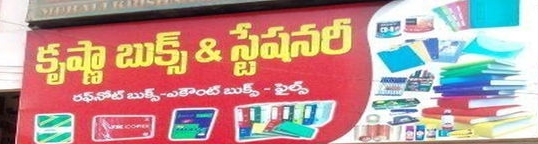
Language: telugu
Transcription: రఫ్ నోట్ బుక్స్ స్టేషనరీ కృష్ణా బుక్స్ బుక్స్